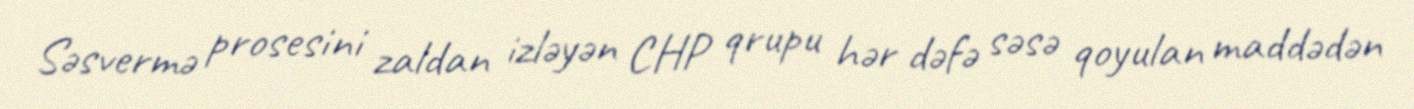
Səsvermə prosesini zaldan izləyən CHP qrupu hər dəfə səsə qoyulan maddədən